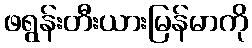
ဖရွန်းတီးယားမြန်မာကို